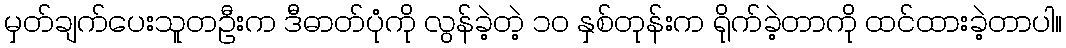
မှတ်ချက်ပေးသူတဦးက ဒီဓာတ်ပုံကို လွန်ခဲ့တဲ့ ၁၀ နှစ်တုန်းက ရိုက်ခဲ့တာကို ထင်ထားခဲ့တာပါ။